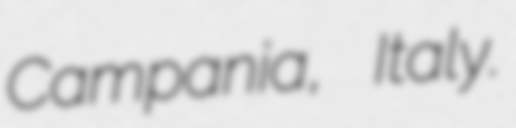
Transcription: Campania, Italy.